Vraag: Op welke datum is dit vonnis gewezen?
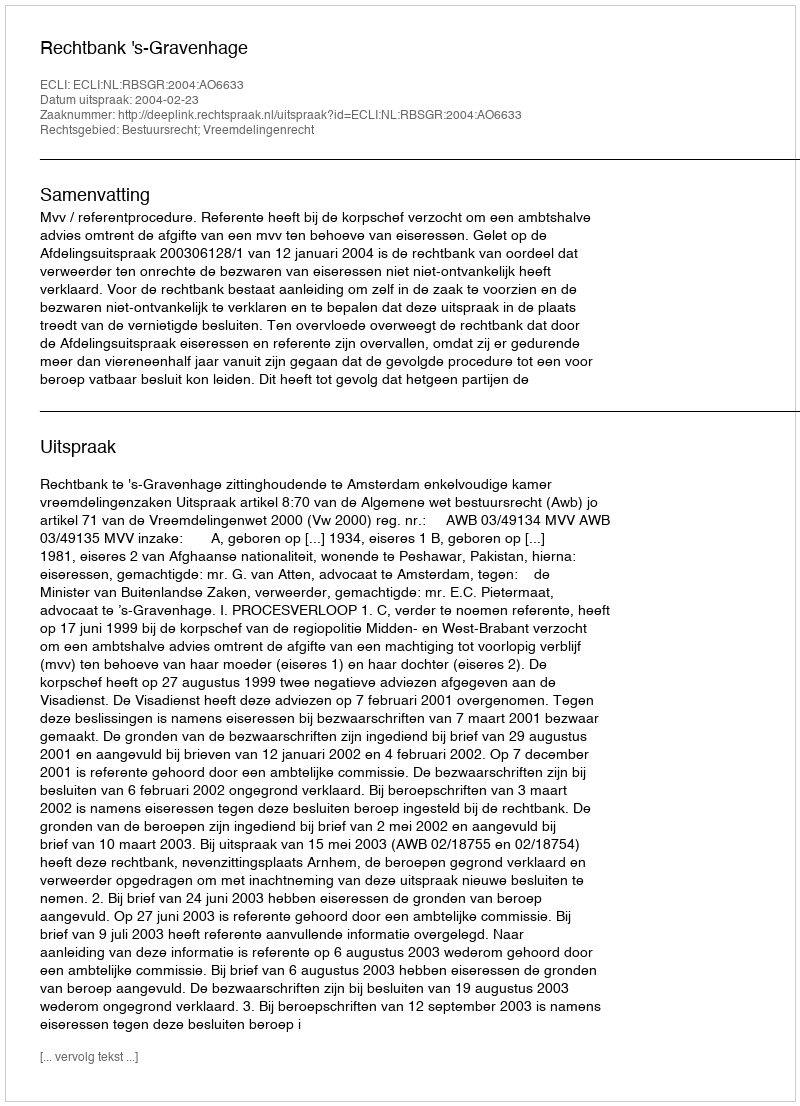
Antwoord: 2004-02-23